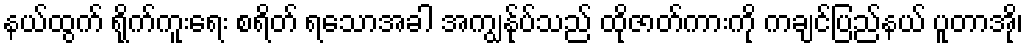
နယ်ထွက် ရိုက်ကူးရေး စရိတ် ရသောအခါ အကျွန်ုပ်သည် ထိုဇာတ်ကားကို ကချင်ပြည်နယ် ပူတာအို၊